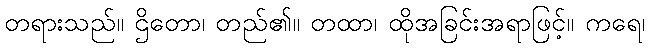
တရားသည်။ ဌိတော၊ တည်၏။ တထာ၊ ထိုအခြင်းအရာဖြင့်။ ကရေ၊